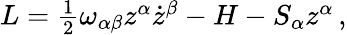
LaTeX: \begin{array}{r}{L=\frac{1}{2}\omega_{\alpha\beta}z^{\alpha}\dot{z}^{\beta}-H-S_{\alpha}{z}^{\alpha}\, ,}\end{array}